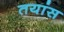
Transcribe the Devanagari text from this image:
तयांस